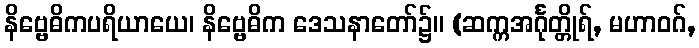
နိဗ္ဗေဓိကပရိယာယေ၊ နိဗ္ဗေဓိက ဒေသနာတော်၌။ (ဆက္ကအင်္ဂုတ္တိုရ်, မဟာဝဂ်,